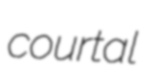
courtal